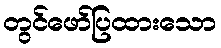
တွင်ဖော်ပြထားသော